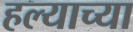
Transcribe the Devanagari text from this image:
हल्याच्या